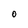
Character: O